Report on the working of the Ranchi Indian Mental Hospital, Kanke, in Bihar and Orissa - 1930-1940
Year: 1930
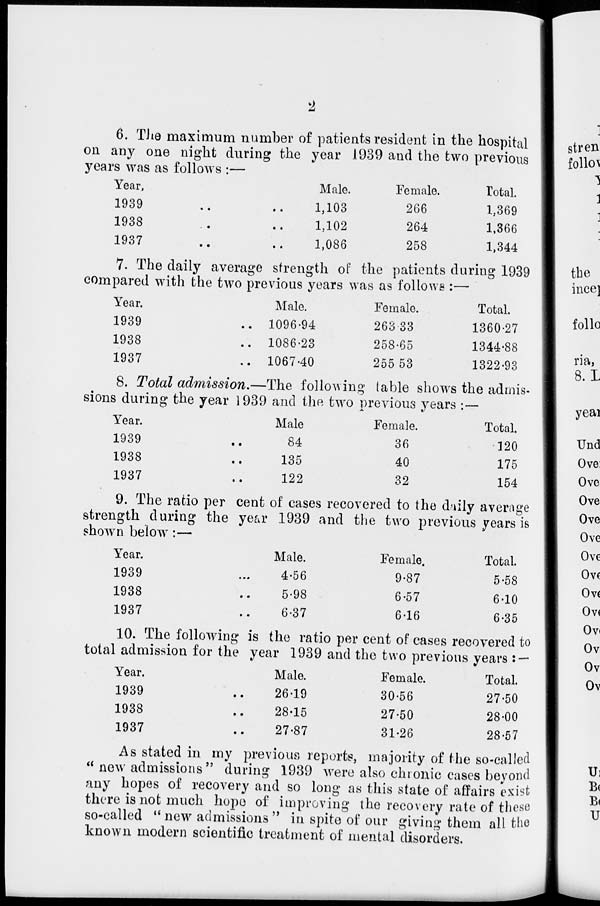
2
6. The maximum number of patients resident in the hospital
on any one night during the year 1939 and the two previous
years was as follows :—
Year,
1939 .. ..
1938 .. ..
1937
..
..
Male.
1,103
1,102
1,086
Female.
266
264
258
Total.
1,369
1,366
1,344
7. The daily average strength of the patients during 1939
compared with the two previous years was as follows :—
Year.
1939 ..
1938 ..
1937 ..
Male.
1096.94
1086.23
1067.40
Female.
263.33
258.65
255.53
Total.
1360.27
1344.88
1322.93
8. Total admission.—The following table shows the admis-
sions during the year 1939 and the two previous years :—
Year.
1939 ..
1938 ..
1937 ..
Male
84
135
122
Female.
36
40
32
Total.
120
175
154
9. The ratio per cent of cases recovered to the daily average
strength during the year 1939 and the two previous years is
shown below:—
Year.
1939 ..
1938 ..
1937 ..
Male.
4.56
5.98
6.37
Female,
9.87
6.57
6.16
Total.
5.58
6.10
6.35
10. The following is the ratio per cent of cases recovered to
total admission for the year 1939 and the two previous years : —
Year.
1939 ..
1938 ..
1937 ..
Male.
26.19
28.15
27.87
Female.
30.56
27.50
31.26
Total.
27.50
28.00
28.57
As stated in my previous reports, majority of the so-called
" new admissions" during 1939 were also chronic cases beyond
any hopes of recovery and so long as this state of affairs exist
there is not much hope of improving the recovery rate of these
so-called " new admissions " in spite of our giving them all the
known modern scientific treatment of mental disorders.